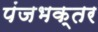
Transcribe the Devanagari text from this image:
पंजभक्तर